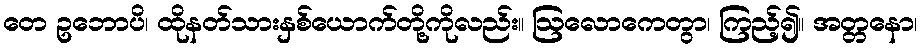
တေ ဥဘောပိ၊ ထိုနတ်သားနှစ်ယောက်တို့ကိုလည်း။ ဩလောကေတွာ၊ ကြည့်၍။ အတ္တနော၊